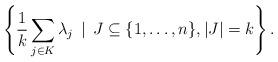
LaTeX: \begin{align*}\left\{ \frac{1}{k}\sum_{j \in K} \lambda_j \, \mid \, J \subseteq \{1,\ldots, n\}, |J| = k \right\}. \end{align*}